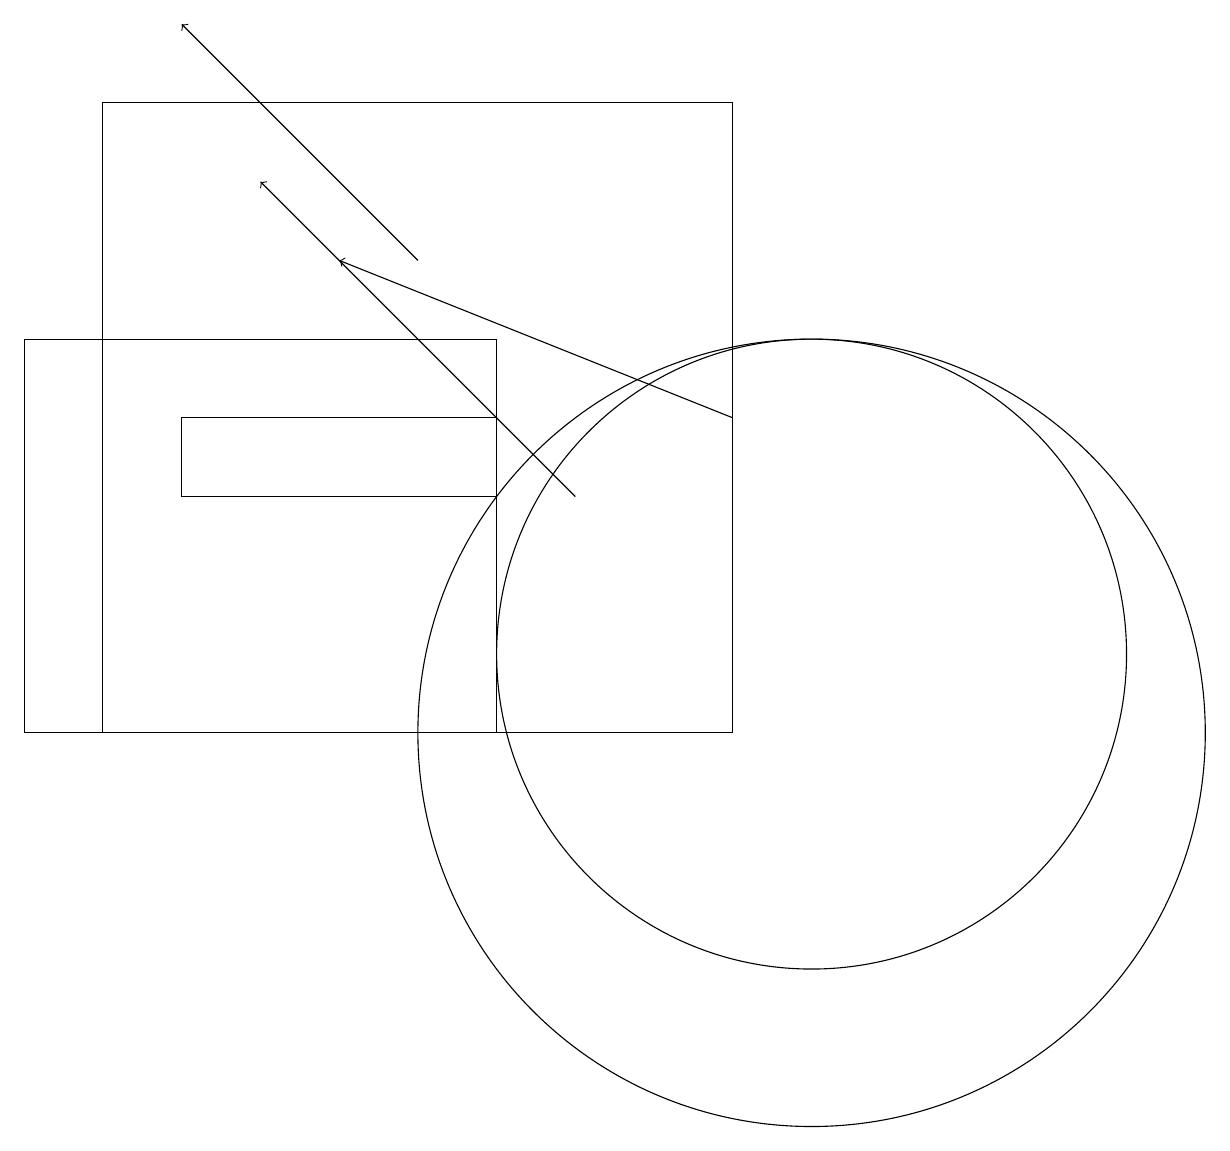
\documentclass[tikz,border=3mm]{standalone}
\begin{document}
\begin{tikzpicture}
\draw[->] (9,14) -- (4,16);
\draw (10,11) circle (4);
\draw (9,10) rectangle (1,18);
\draw[->] (5,16) -- (2,19);
\draw[->] (7,13) -- (3,17);
\draw (6,10) rectangle (0,15);
\draw (2,14) rectangle (6,13);
\draw (10,10) circle (5);
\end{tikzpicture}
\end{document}